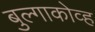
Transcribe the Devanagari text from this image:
बुल्गाकोव्ह